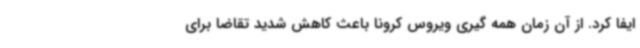
ایفا کرد. از آن زمان همه گیری ویروس کرونا باعث کاهش شدید تقاضا برای